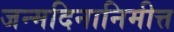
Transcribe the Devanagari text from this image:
जन्मदिनानिमीत्त